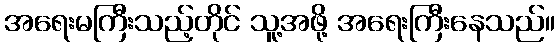
အရေးမကြီးသည့်တိုင် သူ့အဖို့ အရေးကြီးနေသည်။